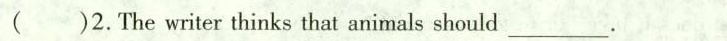
()2.The writer thinks that animals should\underline.